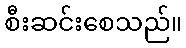
စီးဆင်းစေသည်။